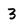
Character: 3